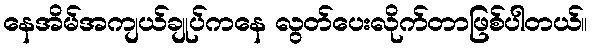
နေအိမ်အကျယ်ချုပ်ကနေ လွတ်ပေးလိုက်တာဖြစ်ပါတယ်။